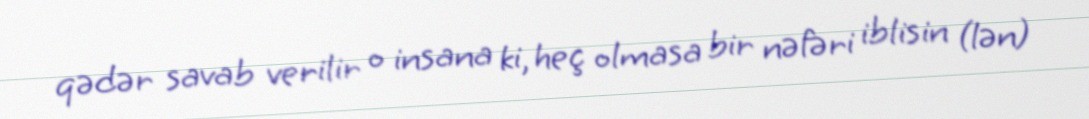
qədər savab verilir o insana ki, heç olmasa bir nəfəri iblisin (lən)